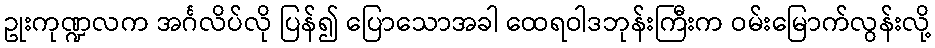
ဥုးကုဏ္ဍလက အင်္ဂလိပ်လို ပြန်၍ ပြောသောအခါ ထေရဝါဒဘုန်းကြီးက ဝမ်းမြောက်လွန်းလို့